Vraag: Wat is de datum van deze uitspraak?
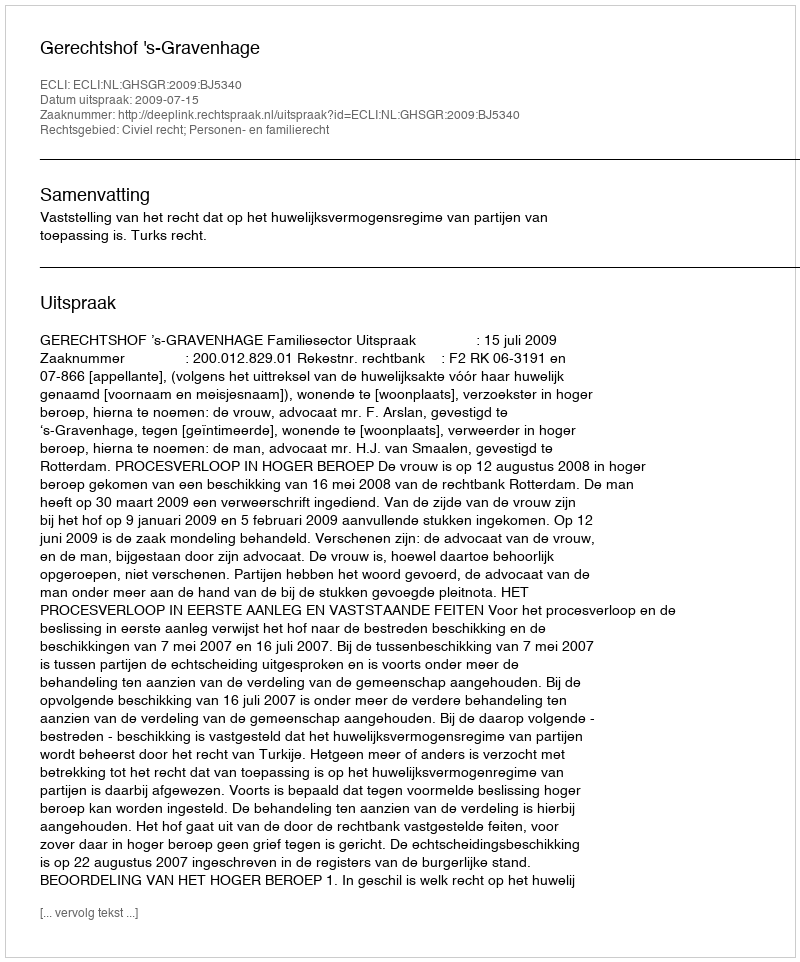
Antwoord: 2009-07-15